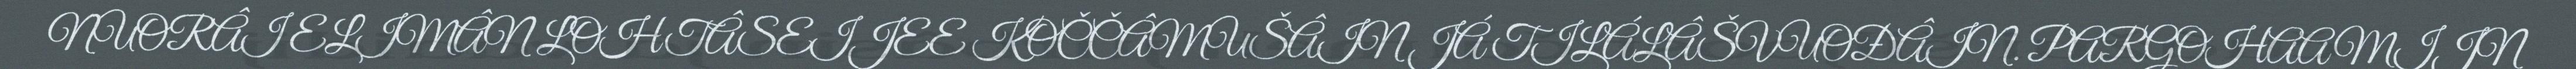
NUORÂI ELIMÂN LOHTÂSEIJEE KOČČÂMUŠÂIN JÁ TILÁLÂŠVUOĐÂIN. PARGOHAAMIJN